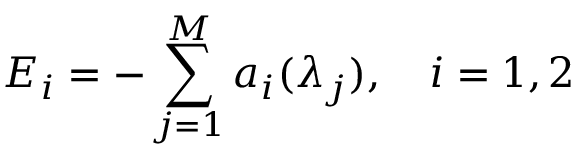
E _ { i } = - \sum _ { j = 1 } ^ { M } a _ { i } ( \lambda _ { j } ) , \quad i = 1 , 2